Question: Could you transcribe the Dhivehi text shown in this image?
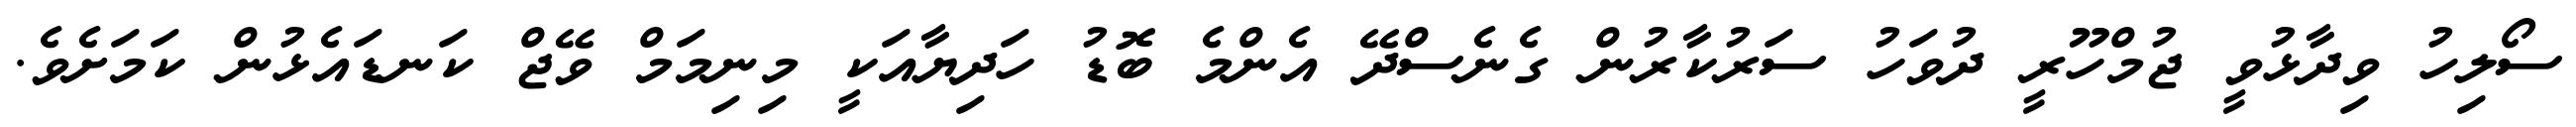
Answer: ސޯލިހު ވިދާޅުވީ ޖުމްހޫރީ ދުވަހު ސަރުކާރުން ގެނެސްދޭ އެންމެ ބޮޑު ހަދިޔާއަކީ މިނިމަމް ވޭޖް ކަނޑައެޅުން ކަމަށެވެ.